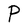
Character: P